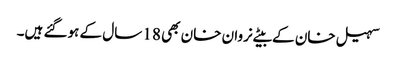
سہیل خان کے بیٹے نروان خان بھی 18 سال کے ہوگئے ہیں۔